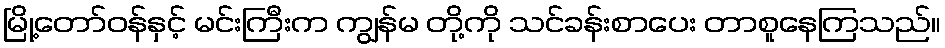
မြို့တော်ဝန်နှင့် မင်းကြီးက ကျွန်မ တို့ကို သင်ခန်းစာပေး တာစူနေကြသည်။